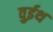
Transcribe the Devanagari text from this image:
वुईथ